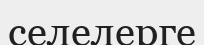
селелерге